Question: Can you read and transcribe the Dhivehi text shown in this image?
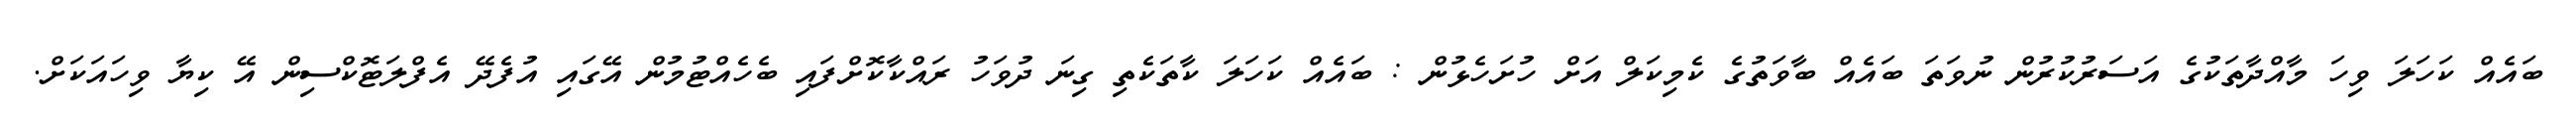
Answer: ބައެއް ކަހަލަ ވިހަ މާއްދާތަކުގެ އަސަރުކުރުން ނުވަތަ ބައެއް ބާވަތުގެ ކެމިކަލް އަށް ހުށަހެޅުން : ބައެއް ކަހަލަ ކާތަކެތި ގިނަ ދުވަހު ރައްކާކޮށްފައި ބެހެއްޓުމުން އޭގައި އުފެދޭ އެފްލަޓޮކްސިން އޭ ކިޔާ ވިހައަކަށް.